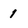
Character: 1